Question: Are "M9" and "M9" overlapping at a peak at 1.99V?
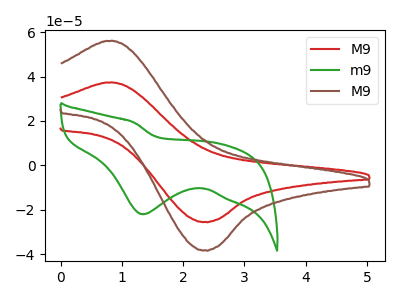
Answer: <think>The red curve "M9" has an anodic peak at (0.75V, 37.30uA) and a cathodic peak at (2.35V, -25.40uA). The green curve "m9" has a cathodic peak at: (1.35V, -21.95uA). The brown curve "M9" has an anodic peak at (0.75V, 56.00uA) and a cathodic peak at (2.35V, -38.10uA).</think>
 <answer>No, "M9" and "M9" dont share a peak at 1.99V.</answer>
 <eval>mismatch</eval>